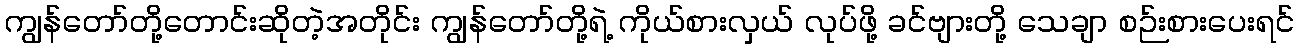
ကျွန်တော်တို့တောင်းဆိုတဲ့အတိုင်း ကျွန်တော်တို့ရဲ့ ကိုယ်စားလှယ် လုပ်ဖို့ ခင်ဗျားတို့ သေချာ စဉ်းစားပေးရင်